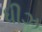
ધીઝ